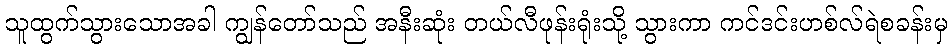
သူထွက်သွားသောအခါ ကျွန်တော်သည် အနီးဆုံး တယ်လီဖုန်းရုံးသို့ သွားကာ ကင်ဒင်းဟစ်လ်ရဲစခန်းမှ